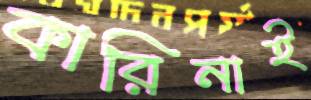
কারিনাই